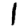
Digit: 1